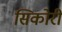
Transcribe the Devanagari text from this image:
सिकोरी